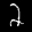
Label: 2